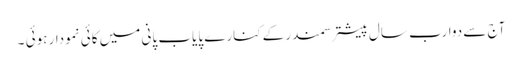
آج سے دوارب سال پیشتر سمندر کےکنارے پایاب پانی میں کائی نمودار ہوئی ۔